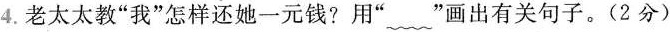
4.老太太教”我”怎样还她一元钱?用”~”画出有关句子。(2分)